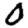
Digit: 0